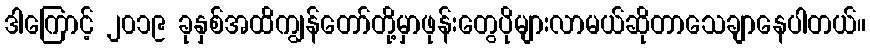
ဒါကြောင့် ၂၀၁၉ ခုနှစ်အထိကျွန်တော်တို့မှာဖုန်းတွေပိုများလာမယ်ဆိုတာသေချာနေပါတယ်။